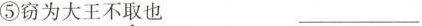
⑤窃为大王不取也 ___